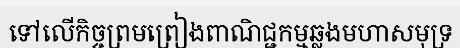
ទៅលើកិច្ចព្រមព្រៀងពាណិជ្ជកម្មឆ្លងមហាសមុទ្រ